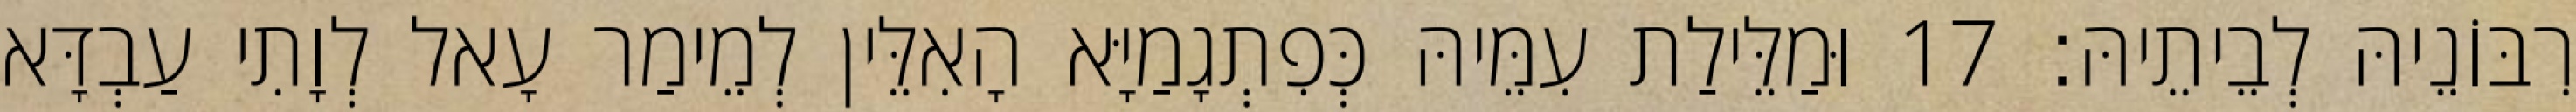
רִבּוֹנֵיהּ לְבֵיתֵיהּ׃ 17 וּמַלֵּילַת עִמֵּיהּ כְּפִתְגָמַיָּא הָאִלֵּין לְמֵימַר עָאל לְוָתִי עַבְדָּא